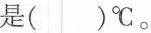
是()℃。